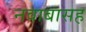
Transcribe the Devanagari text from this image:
नवाबासह